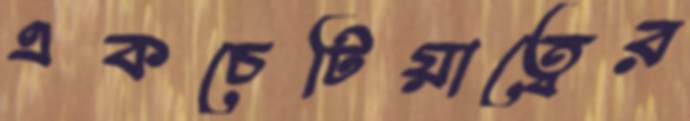
একচেটিয়াত্বের